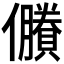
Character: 𠑇